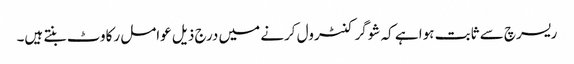
ریسرچ سے ثابت ہوا ہے کہ شوگر کنٹرول کرنے میں درج ذیل عوامل رکاوٹ بنتے ہیں۔